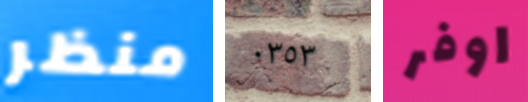
منظر ٠٣٥٣ اوفر